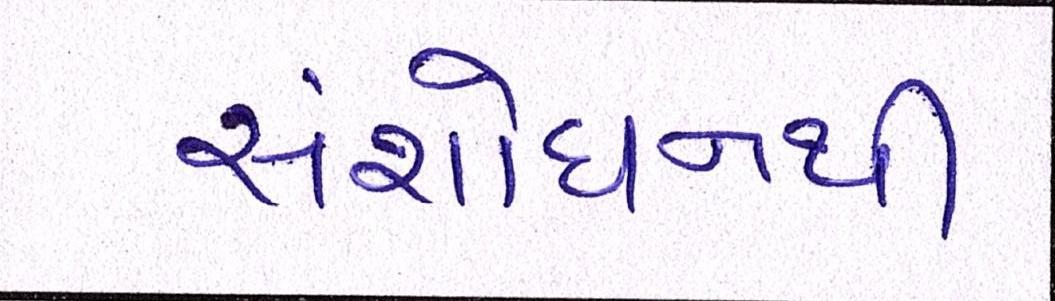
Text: સંશોધનથી